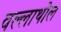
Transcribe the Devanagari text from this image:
वल्लाथोल